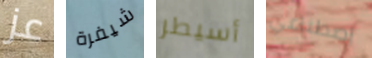
عز شيفرة أسيطر إصطناعي